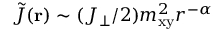
\tilde { J } ( \mathbf { r } ) \sim ( J _ { \perp } / 2 ) m _ { \mathrm { x y } } ^ { 2 } r ^ { - \alpha }